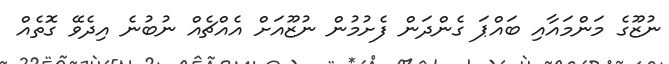
ނުޒޫގެ މަންމައާއި ބައްޕަ ގެންދަން ފެށުމުން ނުޒޫއަށް އެއްޗެއް ނުބުނެ އިދެވޭ ގޮތެއް